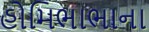
હોમિભાભાના